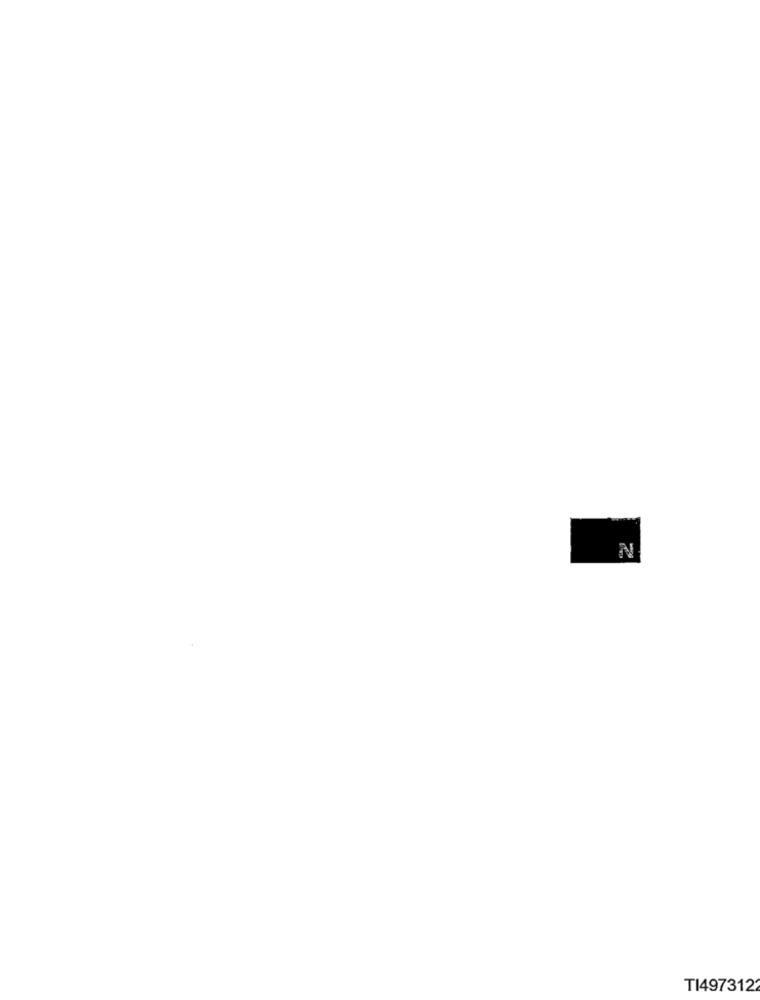
N
TI4973122